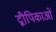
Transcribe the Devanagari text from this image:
द्वीपिकाओं